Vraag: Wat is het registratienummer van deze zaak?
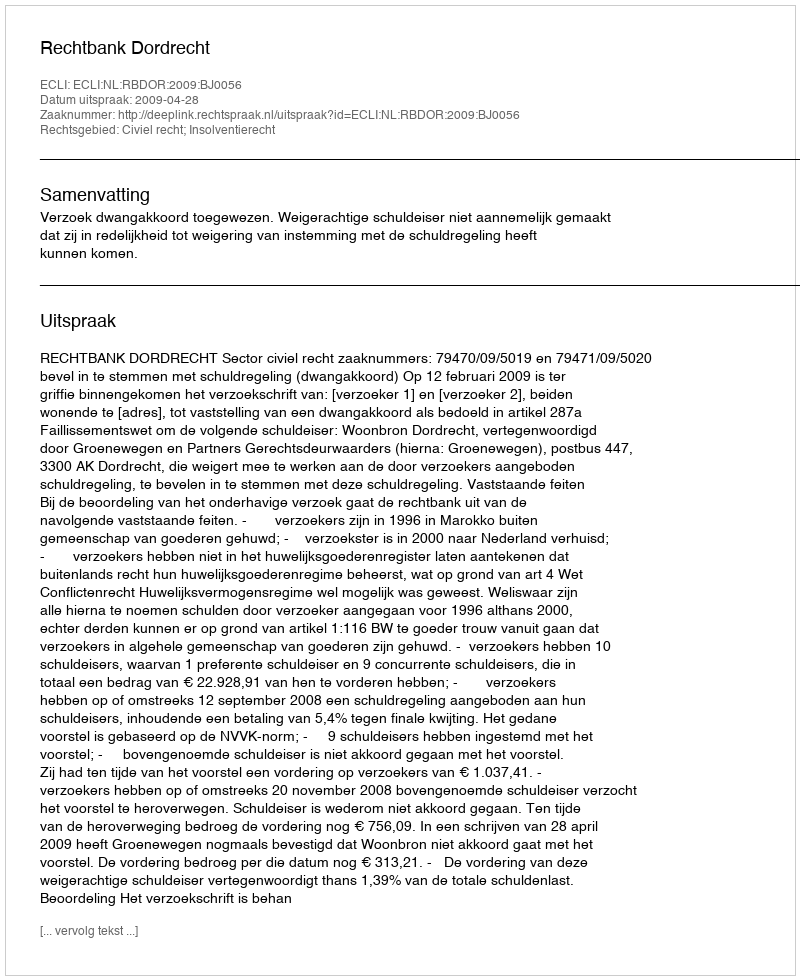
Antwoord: http://deeplink.rechtspraak.nl/uitspraak?id=ECLI:NL:RBDOR:2009:BJ0056